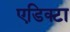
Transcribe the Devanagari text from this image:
एडिक्टा